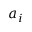
a _ { i }